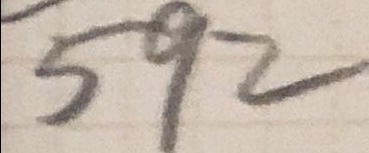
5 9 2